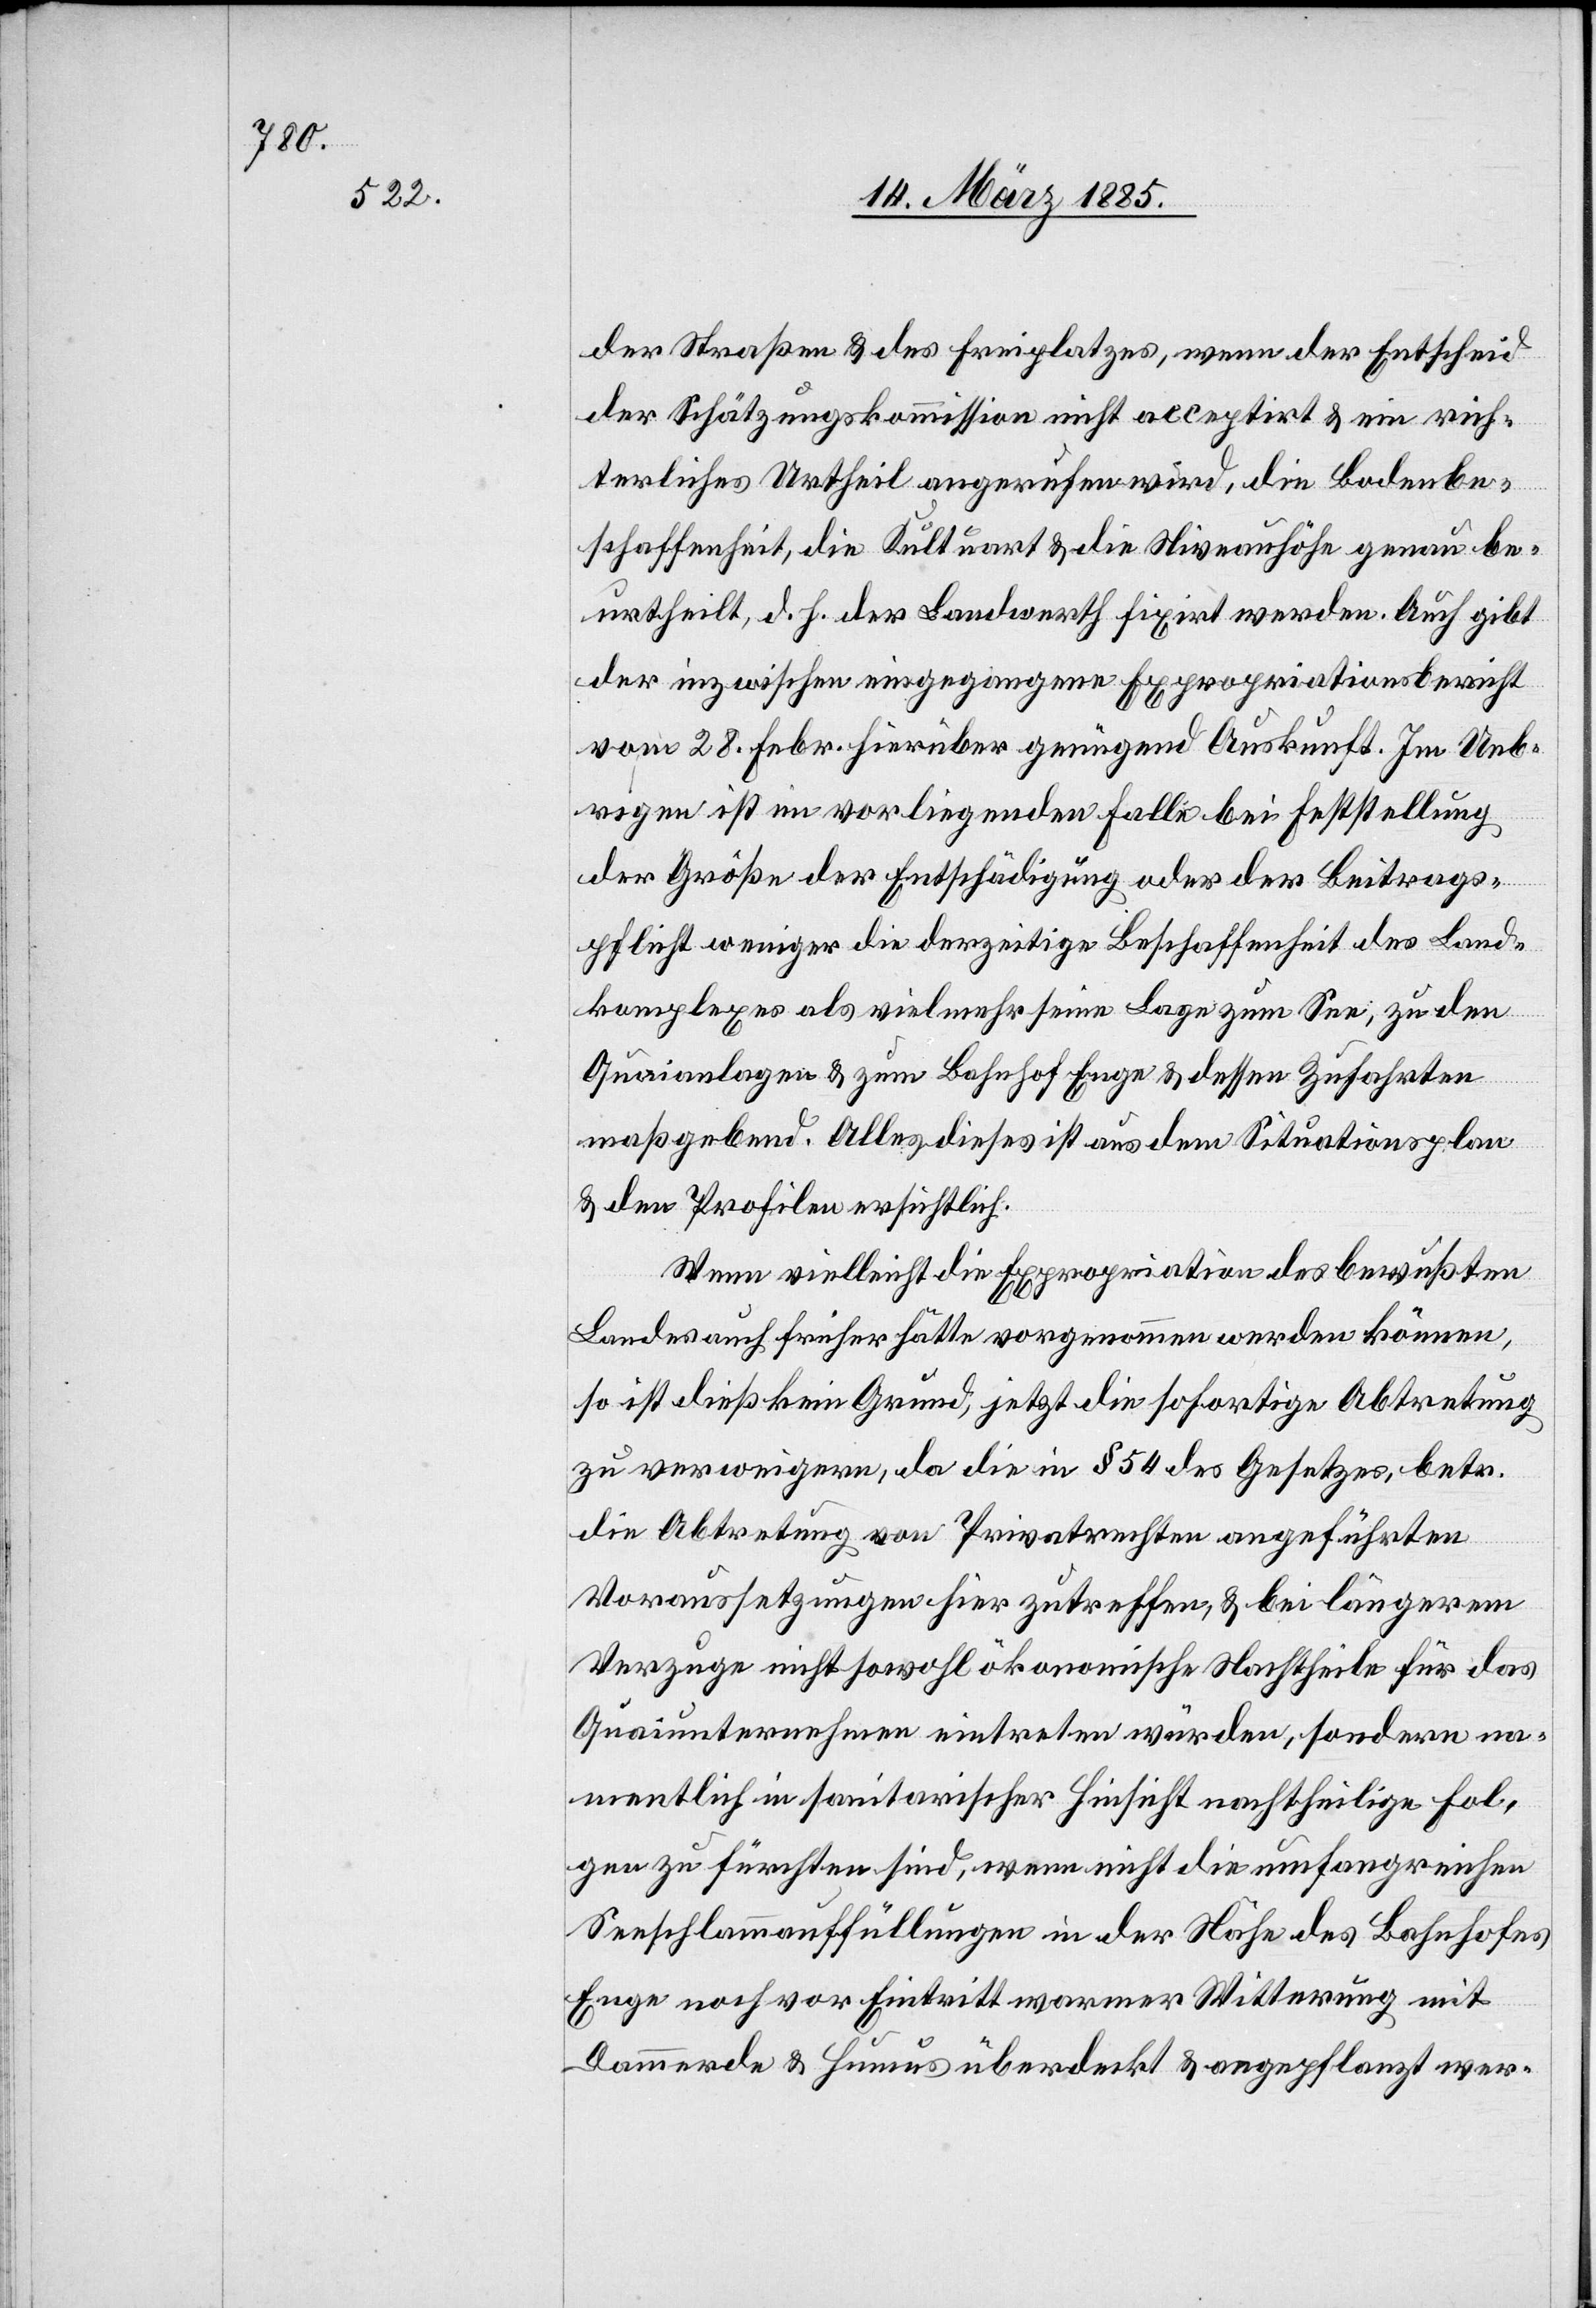
der Straßen & des Freiplatzes, wenn der Entscheid
der Schätzungskommission nicht acceptirt & ein rich¬
terliches Urtheil angerufen wird, die Bodenbe¬
schaffenheit, die Kultu[r]art & die Niveauhöhe genau be¬
urtheilt, d. h. der Landwerth fixirt werden. Auch gibt
der inzwischen eingegangene Expropriationsbericht
vom 28. Febr. hierüber genügend Auskunft. Im Ueb¬
rigen ist im vorliegenden Falle bei Feststellung
der Größe der Entschädigung oder der Beitrags¬
pflicht weniger die derzeitige Beschaffenheit des Land¬
komplexes als vielmehr seine Lage zum See, zu den
Quaianlagen & zum Bahnhof Enge & dessen Zufahrten
maßgebend. Alles dieses ist aus dem Situationsplan
& den Profilen ersichtlich.
Wenn vielleicht die Expropriation des bewußten
Landes auch früher hätte vorgenommen werden können,
so ist dies kein Grund, jetzt die sofortige Abtretung
zu verweigern, da die in § 54 des Gesetzes betr.
die Abtretung von Privatrechten angeführten
Voraussetzungen hier zutreffen, & bei längerem
Verzuge nicht sowohl ökonomische Nachtheile für das
Quaiunternehmen eintreten würden, sondern na¬
mentlich in sanitarischer Hinsicht nachtheilige Fol¬
gen zu fürchten sind, wenn nicht die umfangreichen
Seeschlammauffüllungen in der Nähe des Bahnhofes
Enge noch vor Eintritt warmer Witterung mit
Dammerde & Humus überdeckt & angepflanzt wer-